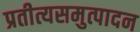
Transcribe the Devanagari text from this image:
प्रतीत्यसमुत्पादन